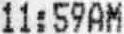
11:59AM